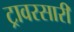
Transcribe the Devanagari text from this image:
ट्रावरसारी